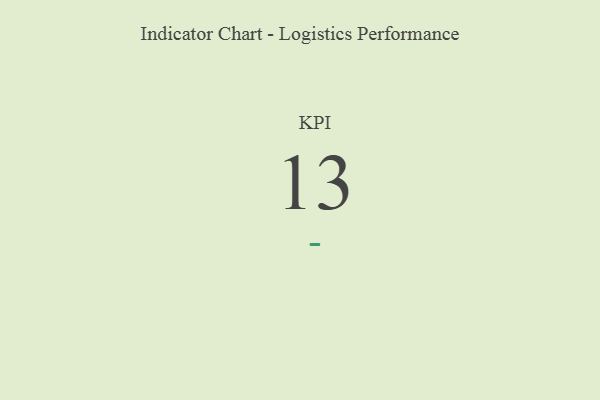
{"axis": {"x": "KPI", "y": "Value"}, "legend": [""], "data": [{"x": "KPI", "y": 13, "type": ""}]}